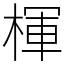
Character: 楎